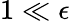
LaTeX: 1\ll\epsilon